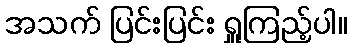
အသက် ပြင်းပြင်း ရှူကြည့်ပါ။